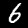
Digit: 6